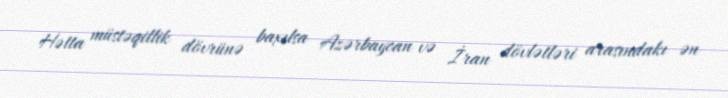
Hətta müstəqillik dövrünə baxılsa Azərbaycan və İran dövlətləri arasındakı ən